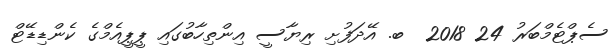
ސެޕްޓެމްބަރު 24 2018  ބ. އޭދަފުށި ރިޔާސީ އިންތިހާބުގައި ޕީޕީއެމްގެ ކެންޑިޑޭޓް